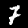
Label: 7